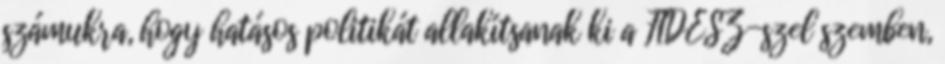
számukra, hogy hatásos politikát allakítsanak ki a FIDESZ-szel szemben,